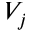
V _ { j }